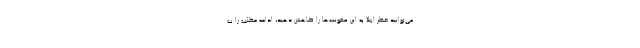
می‌توانید خطر ابتلا به این عفونت‌ها را کاهش دهید، ادامه مطلب را ب